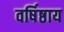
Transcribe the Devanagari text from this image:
वर्षिष्ठाय